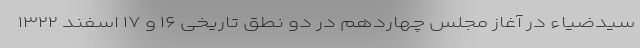
سیدضیاء در آغاز مجلس چهاردهم در دو نطق تاریخی ۱۶ و ۱۷ اسفند ۱۳۲۲